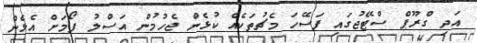
އަދި ގްރޫޕް ސްޓޭޖުގައި ފަސޭހަ މެޗުތަކެއް ކުޅެން ޖެހުމުން އަސްލު ފޯމަށް އެޅެން